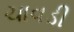
ચાવડી